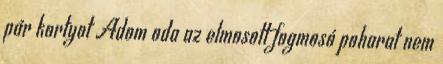
pár kortyot Adom oda az elmosott fogmosó poharat nem